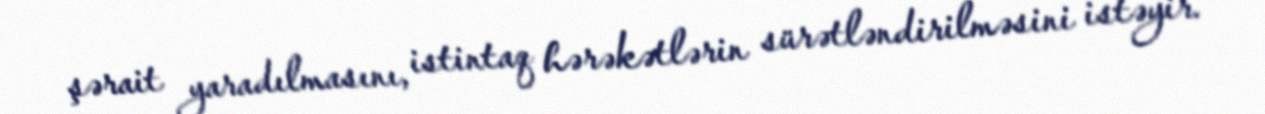
şərait yaradılmasını, istintaq hərəkətlərin sürətləndirilməsini istəyir.